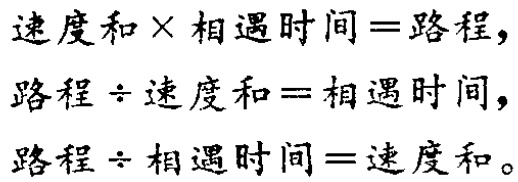
速度和×相遇时间=路程，

路程÷速度和=相遇时间，

路程÷相遇时间=速度和。